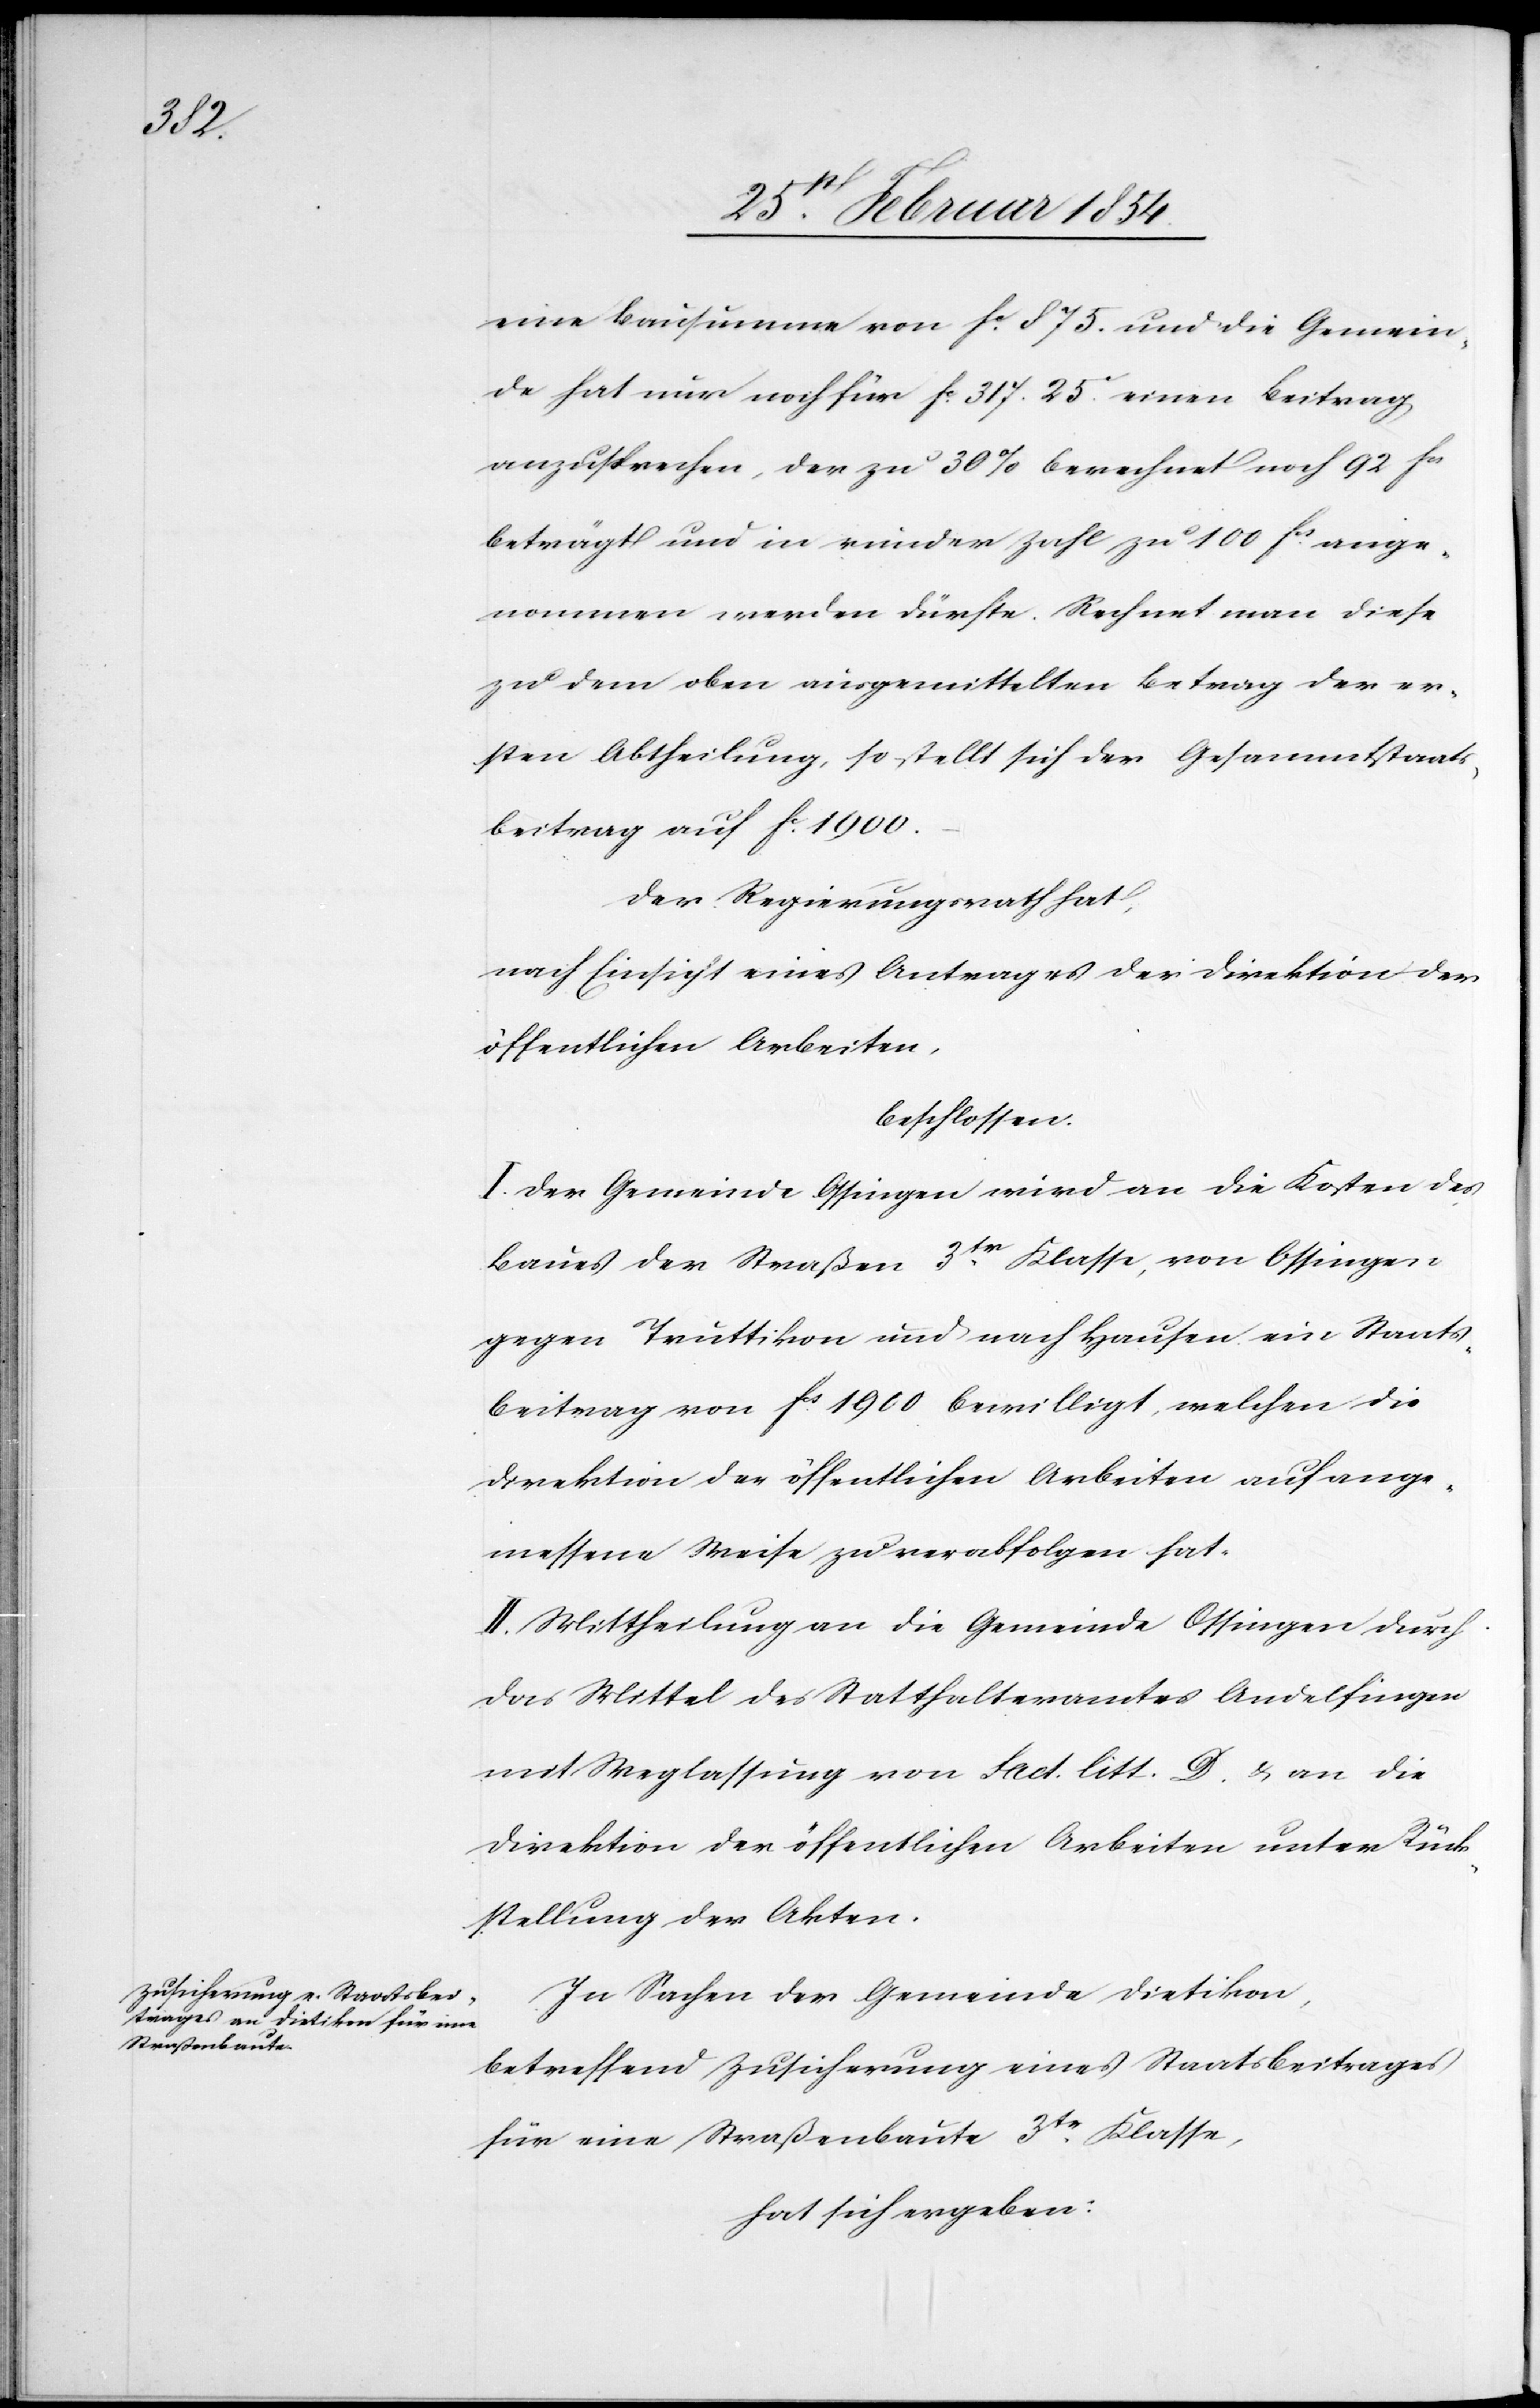
eine Bausumme von Fc 875. und die Gemein¬
de hat nur noch für Fc 317.25. einen Beitrag
auszusprechen, der zu 30% berechnet noch 92 Fcs
beträgt und in runder Zahl zu 100 Fcs ange¬
nommen werden dürfte. Rechnet man diese
zu dem oben ausgemittelten Betrag der er¬
sten Abtheilung, so stellt sich der Gesammtstaats¬
beitrag auf Fc 1900.–
Der Regierungsrath hat,
nach Einsicht eines Antrages der Direktion der
öffentlichen Arbeiten,
beschlossen:
I. Der Gemeinde Ossingen wird an die Kosten des
Baues der Straßen 3tr Klasse, von Ossingen
gegen Truttikon und nach Hausen ein Staats¬
beitrag von Fcs 1900 bewilligt, welchen die
Direktion der öffentlichen Arbeiten auf ange¬
messene Weise zu verabfolgen hat.
II. Mittheilung an die Gemeinde Ossingen durch
das Mittel des Statthalteramtes Andelfingen
mit Weglassung von Fact. litt. D. u. an die
Direktion der öffentlichen Arbeiten unter Rück¬
stellung der Akten.
In Sachen der Gemeinde Dietikon,
betreffend Zusicherung eines Staatsbeitrages
für eine Straßenbaute 3tr Klasse,
hat sich ergeben: